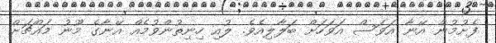
ފެށުމުން އޭނާ އަވަސް އަވަހަށް ބަލާލިއެވެ. ލުއި ހިނިތުންވުމެއް އޭނާގެ މޫނު މައްޗަށް